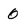
Character: 0